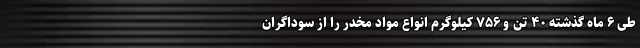
طی ۶ ماه گذشته ۴۰ تن و ۷۵۶ کیلوگرم انواع مواد مخدر را از سوداگران